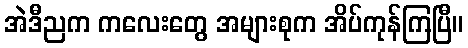
အဲဒီညက ကလေးတွေ အများစုက အိပ်ကုန်ကြပြီ။